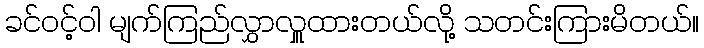
ခင်ဝင့်ဝါ မျက်ကြည်လွှာလှူထားတယ်လို့ သတင်းကြားမိတယ်။